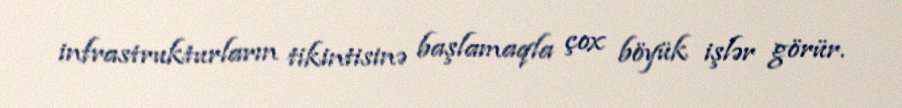
infrastrukturların tikintisinə başlamaqla çox böyük işlər görür.